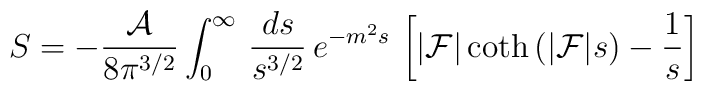
S=-{{\cal A}\over 8\pi^{3/2}}\int_0^\infty\,{ds\over s^{3/2}}\,e^{-m^2s}\,\left[ |{\cal F}|\coth\left(|{\cal F}| s\right)-{1\over s}\right]